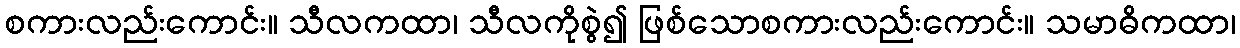
စကားလည်းကောင်း။ သီလကထာ၊ သီလကိုစွဲ၍ ဖြစ်သောစကားလည်းကောင်း။ သမာဓိကထာ၊